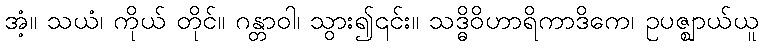
အံ့။ သယံ၊ ကိုယ် တိုင်။ ဂန္တာဝါ၊ သွား၍၎င်း။ သဒ္ဓိဝိဟာရိကာဒိကေ၊ ဥပဇ္ဈာယ်ယူ